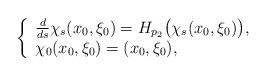
LaTeX: \begin{align*}\left\{\begin{array}{l}\frac{d}{ds} \chi_s(x_0,\xi_0) = H_{p_2}\big(\chi_s(x_0,\xi_0) \big) , \\\chi_0(x_0,\xi_0) =(x_0,\xi_0) ,\end{array}\right.\end{align*}